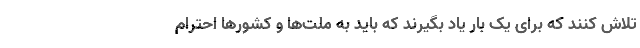
تلاش کنند که برای یک بار یاد بگیرند که باید به ملت‌ها و کشورها احترام